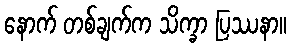
နောက် တစ်ချက်က သိက္ခာ ပြဿနာ။